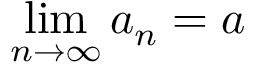
\operatorname* { l i m } _ { n \to \infty } a _ { n } = a